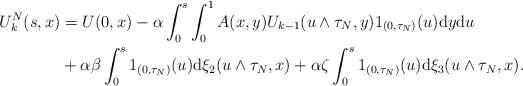
LaTeX: \begin{align*} U_k^N(s,x)&=U(0,x)-\alpha\int_0^{s}\int_0^1 A(x,y)U_{k-1}(u\wedge \tau_N,y) 1_{(0,\tau_N)}(u) \mathrm{d}y\mathrm{d}u \\ &+\alpha\beta\int_0^s 1_{(0,\tau_N)}(u)\mathrm{d}\xi_2(u\wedge \tau_N,x)+\alpha\zeta\int_0^s 1_{(0,\tau_N)}(u)\mathrm{d}\xi_3(u\wedge \tau_N,x). \end{align*}